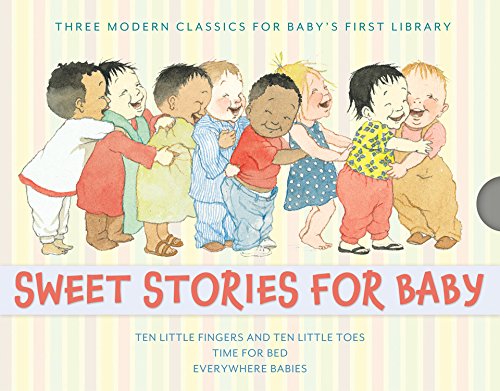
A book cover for Sweet Stories for Baby Gift Set; Susan Meyers; Children's Books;